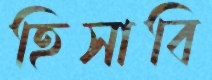
হিসাবি